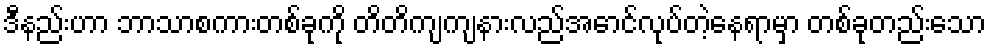
ဒီနည်းဟာ ဘာသာစကားတစ်ခုကို တိတိကျကျနားလည်အောင်လုပ်တဲ့နေရာမှာ တစ်ခုတည်းသော